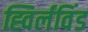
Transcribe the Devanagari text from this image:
ह्विर्लविंड